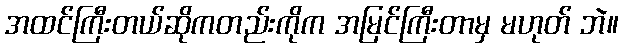
အထင်ကြီးတယ်ဆိုကတည်းကိုက အမြင်ကြီးတာမှ မဟုတ် ဘဲ။